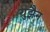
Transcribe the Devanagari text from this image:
युझ़ैन